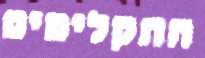
התקליטים